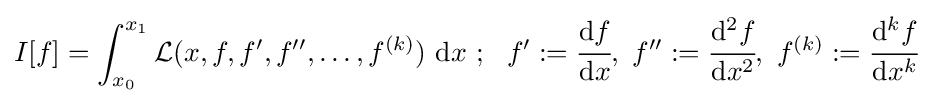
I[f]=\int _{x_{0}}^{x_{1}}{\mathcal {L}}(x,f,f',f'',\dots ,f^{(k)})~\mathrm {d} x~;~~f':={\cfrac {\mathrm {d} f}{\mathrm {d} x}},~f'':={\cfrac {\mathrm {d} ^{2}f}{\mathrm {d} x^{2}}},~f^{(k)}:={\cfrac {\mathrm {d} ^{k}f}{\mathrm {d} x^{k}}}